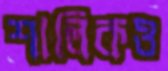
শালিকও